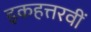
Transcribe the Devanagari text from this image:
इकहत्तरवीं